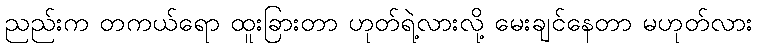
ညည်းက တကယ်ရော ထူးခြားတာ ဟုတ်ရဲ့လားလို့ မေးချင်နေတာ မဟုတ်လား